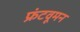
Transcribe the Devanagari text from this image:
फ्रंटवूमन